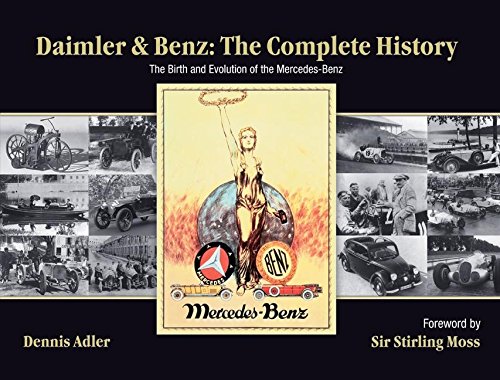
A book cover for Daimler & Benz: The Complete History: The Birth and Evolution of the Mercedes-Benz; Dennis Adler; Engineering & Transportation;